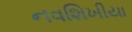
નવશિખીયા